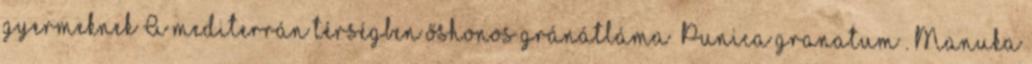
gyermeknek A mediterrán térségben őshonos gránátláma ’Punica granatum’. Manuka